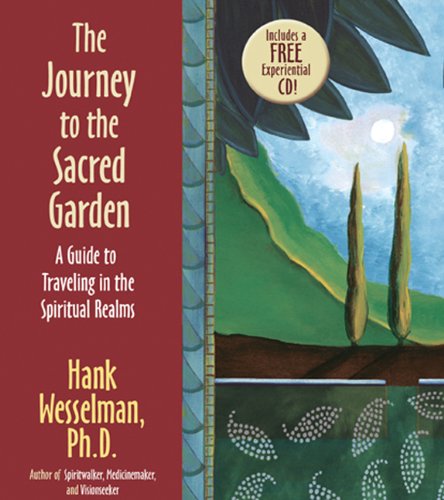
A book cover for The Journey To The Sacred Garden: A Guide to Traveling in the Spiritual Realms; Hank Wesselman; Religion & Spirituality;